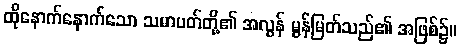
ထိုနောက်နောက်သော သမာပတ်တို့၏ အလွန် မွန်မြတ်သည်၏ အဖြစ်၌။